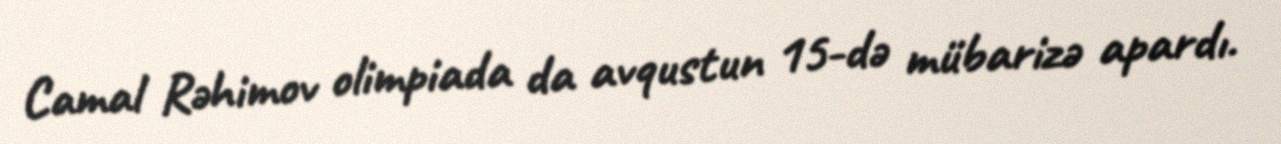
Camal Rəhimov olimpiada da avqustun 15-də mübarizə apardı.